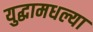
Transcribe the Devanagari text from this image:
युद्धामधल्या